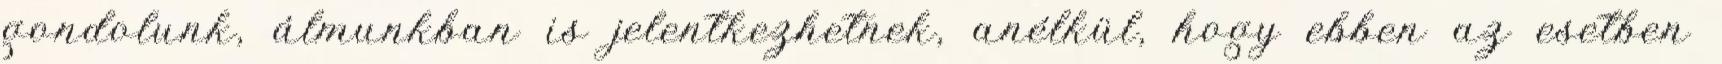
gondolunk, álmunkban is jelentkezhetnek, anélkül, hogy ebben az esetben